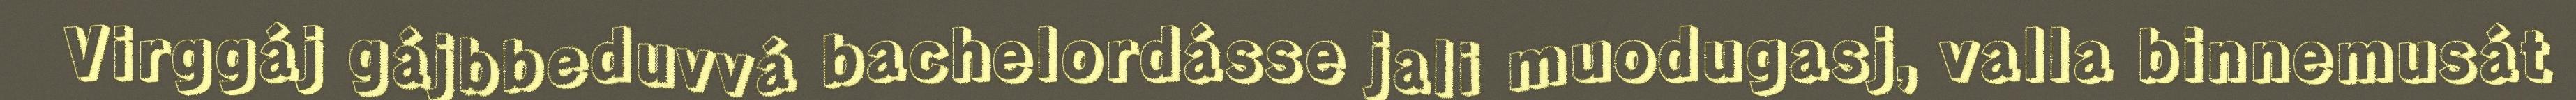
Virggáj gájbbeduvvá bachelordásse jali muodugasj, valla binnemusát